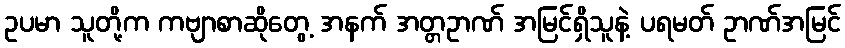
ဥပမာ သူတို့က ကဗျာစာဆိုတွေ့ အနက် အတ္တဥာဏ် အမြင်ရှိသူနဲ့ ပရမတ် ဥာဏ်အမြင်